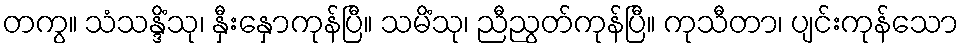
တကွ။ သံသန္ဒိံသု၊ နှီးနှောကုန်ပြီ။ သမိံသု၊ ညီညွတ်ကုန်ပြီ။ ကုသီတာ၊ ပျင်းကုန်သော